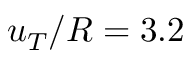
u _ { T } / R = 3 . 2